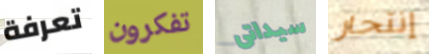
تعرفة تفكرون سيداتى إنتحار